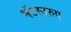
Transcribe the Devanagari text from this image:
भेंटस्‍वरुप